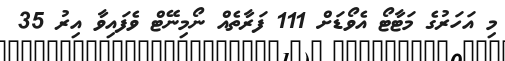
މި އަހަރުގެ މަޓާޓޯ އެވޯޑަށް 111 ފަރާތެއް ނޯމިނޭޓް ވެފައިވާ އިރު 35